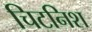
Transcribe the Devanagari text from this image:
चिटनिश